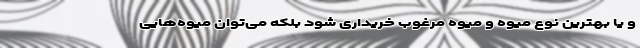
و یا بهترین نوع میوه و میوه مرغوب خریداری شود بلکه می‌توان میوه‌هایی